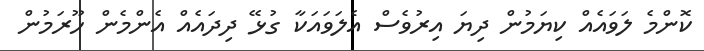
ކޮންމެ ލަވައެއް ކިޔަމުން ދިޔަ އިރުވެސް އެލަވައަކާ ގުޅޭ ދިދައެއް އެންމެން ހޫރަމުން